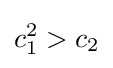
c_{1}^{2}>c_{2}